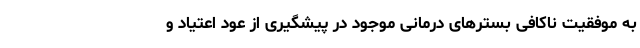
به موفقیت ناکافی بسترهای درمانی موجود در پیشگیری از عود اعتیاد و